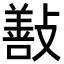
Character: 㪨